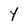
Character: Y